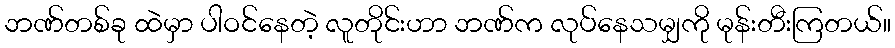
ဘဏ်တစ်ခု ထဲမှာ ပါဝင်နေတဲ့ လူတိုင်းဟာ ဘဏ်က လုပ်နေသမျှကို မုန်းတီးကြတယ်။